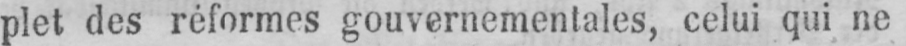
plet des réformes gouvernementales, celui qui ne